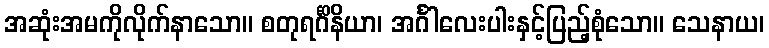
အဆုံးအမကိုလိုက်နာသော။ စတုရင်္ဂိနိယာ၊ အင်္ဂါလေးပါးနှင့်ပြည့်စုံသော။ သေနာယ၊